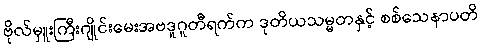
ဗိုလ်မှူးကြီးဂျိုင်းမေးအဗဒူဂူတီရက်က ဒုတိယသမ္မတနှင့် စစ်သေနာပတိ